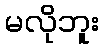
မလိုဘူး